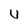
Character: U